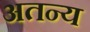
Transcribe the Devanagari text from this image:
अतन्य